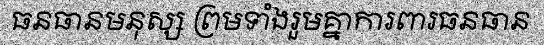
ធនធានមនុស្ស ព្រមទាំងរួមគ្នាការពារធនធាន